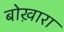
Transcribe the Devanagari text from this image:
बोख़ारा